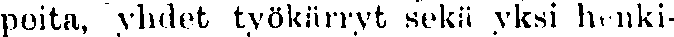
peita, yhdet työkärryt sekä yksi henki-